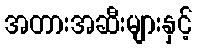
အတားအဆီးများနှင့်